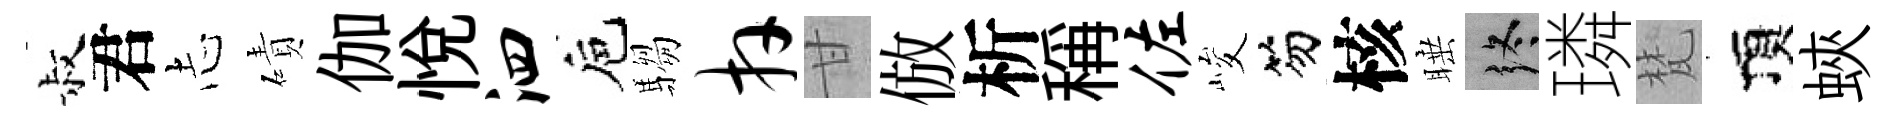
叔君𢖽磧伽悦泗巵騶卉甘倣析稱佐峻笏核睡终璘梵頂蛺